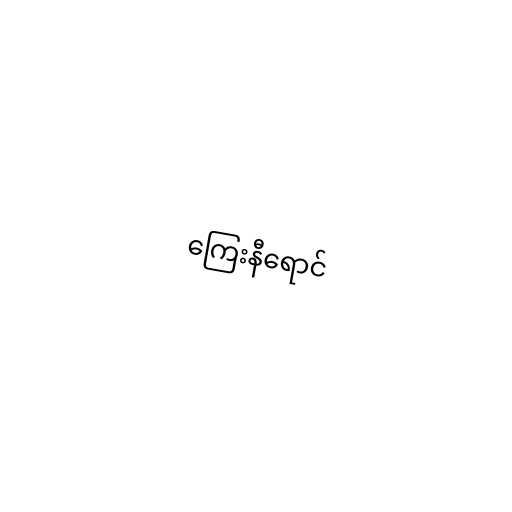
ကြေးနီရောင်